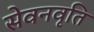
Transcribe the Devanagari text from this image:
सेवनवृति